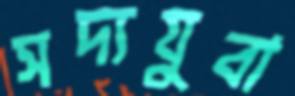
সদ্যযুবা